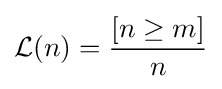
{\mathcal {L}}(n)={\frac {[n\geq m]}{n}}